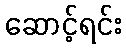
ဆောင့်ရင်း